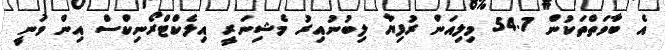
އެ ބާވަތްތަކުން 54.7 މިލިއަން ރުފިޔާ ލިބުނުއިރު މެޝިނަރީ އިލެކްޓްރޯނިކްސް އިން ވަނީ